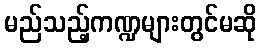
မည်သည့်ကဏ္ဍများတွင်မဆို